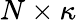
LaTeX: N\times\kappa